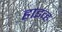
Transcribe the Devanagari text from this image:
हाइव्ह